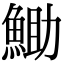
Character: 𮫼